Jaan_Tonisson_(Lasteleht), lk 80
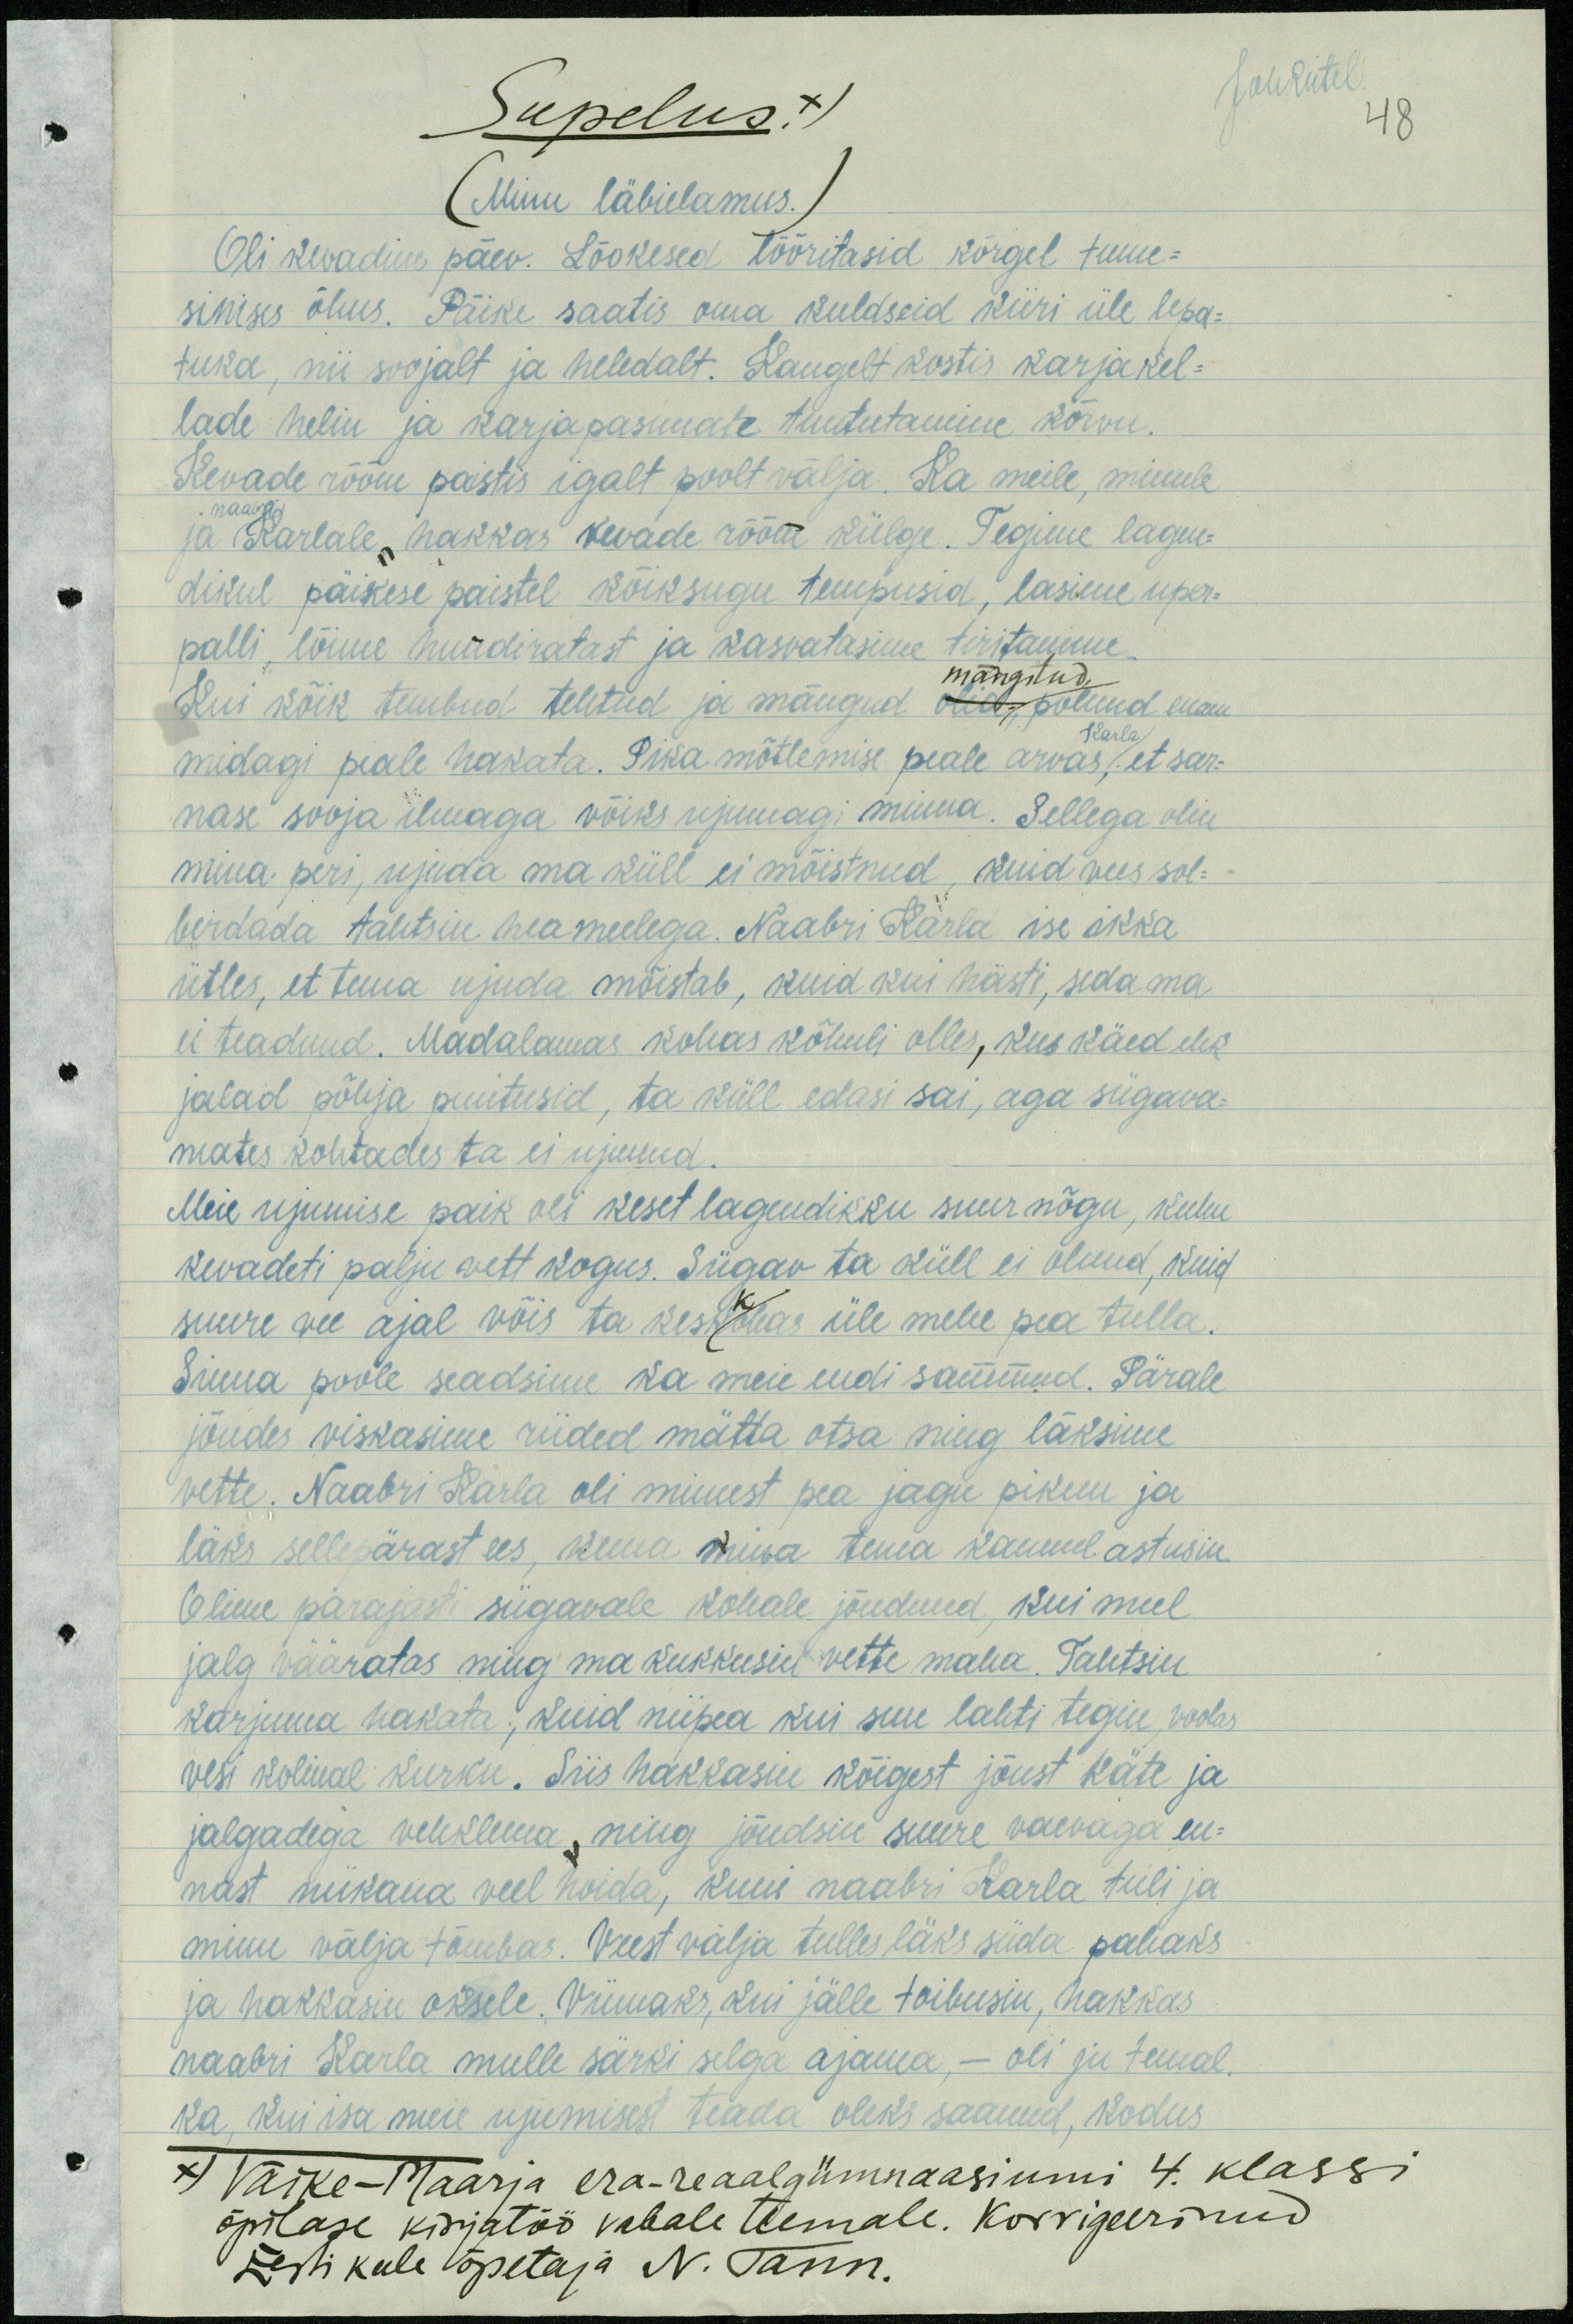
JohReitel
48

Supelus x)
(Minu läbielamus.)
Oli kevadine päev. Lõokesed lõõritasid kõrgel tume-
sinises õhus. Päike saatis oma kuldseid kiiri üle lepa-
tuka, nii soojalt ja heledalt. Kaugelt kostis karja kel-
lade helin ja karjapasunate tuututamine kõrvu.
Kevade rõõm paistis igalt poolt välja. Ka meile, minule
ja naabri Karlale, hakkas kevade rõõm külge. Tegime lagen-
dikul päikese paistel kõiksugu tempusid, lasime uper-
palli lõime hundiratast ja kasvatasime tiritamme
mängitud
Kui kõik tembud tehtud ja mängud olid polnud enam
Karla
midagi peale hakata. Pika mõtlemise peale arvas, et sar-
nase sooja ilmaga võiks ujumagi minna. Sellega olin
mina peri, ujuda ma küll ei mõistnud, kuid vees sol-
berdada tahtsin hea meelega. Naabri Karla ise ikka
ütles, et tema ujuda mõistab, kuid kui hästi, seda ma
ei teadnud. Madalamas kohas kõhuli olles, kus käed elek
jalad põhja puutusid, ta küll edasi sai, aga sügava-
mates kohtades ta ei ujunud.
Meie ujumise paik oli keset lagendikku suur nõgu, kuhu
kevadeti palju vett kogus. Sügav ta küll ei olnud, kuid
suure vee ajal võis ta keskkohas üle mehe pea tulla.
Sinna poole seadsime ka meie endi sammud. Pärale
jõudes viskasime riided mätta otsa ning läksime
vette. Naabri Karla oli minust pea jagu pikem ja
läks sellepärast ees, kuna mina tema kannul astusin.
Olime parajasti sügavale kohale jõudnud, kui mul
jalg vääratas ning ma kukkusin vette maha. Tahtsin
karjuma hakata, kuid niipea kui suu lahti tegin, voolas
vesi kolinal kurku. Siis hakkasin kõigest jõust käte ja
jalgadega vehklema, ning jõudsin suure vaevaga en-
nast niikaua veel hoida, kuni naabri Karla tuli ja
minu välja tõmbas. Veest välja tulles läks süda pahaks
ja hakkasin oksele. Viimaks, kui jälle toibusin, hakkas
naabri Karla mulle särki selga ajama, - oli ju temal
ka kui isa meie ujumisest teada oleks saanud, kodus
x) Väike-Maarja era-reaalgümnaasiumi 4. klassi
õpilase kirjatöö vabale teemale. Korrigeerinud
Eesti keele õpetaja N. Tann.